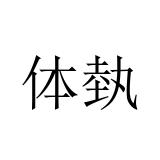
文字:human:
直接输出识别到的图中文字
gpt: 体埶